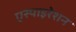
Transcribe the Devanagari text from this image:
एस्पाइरेशन